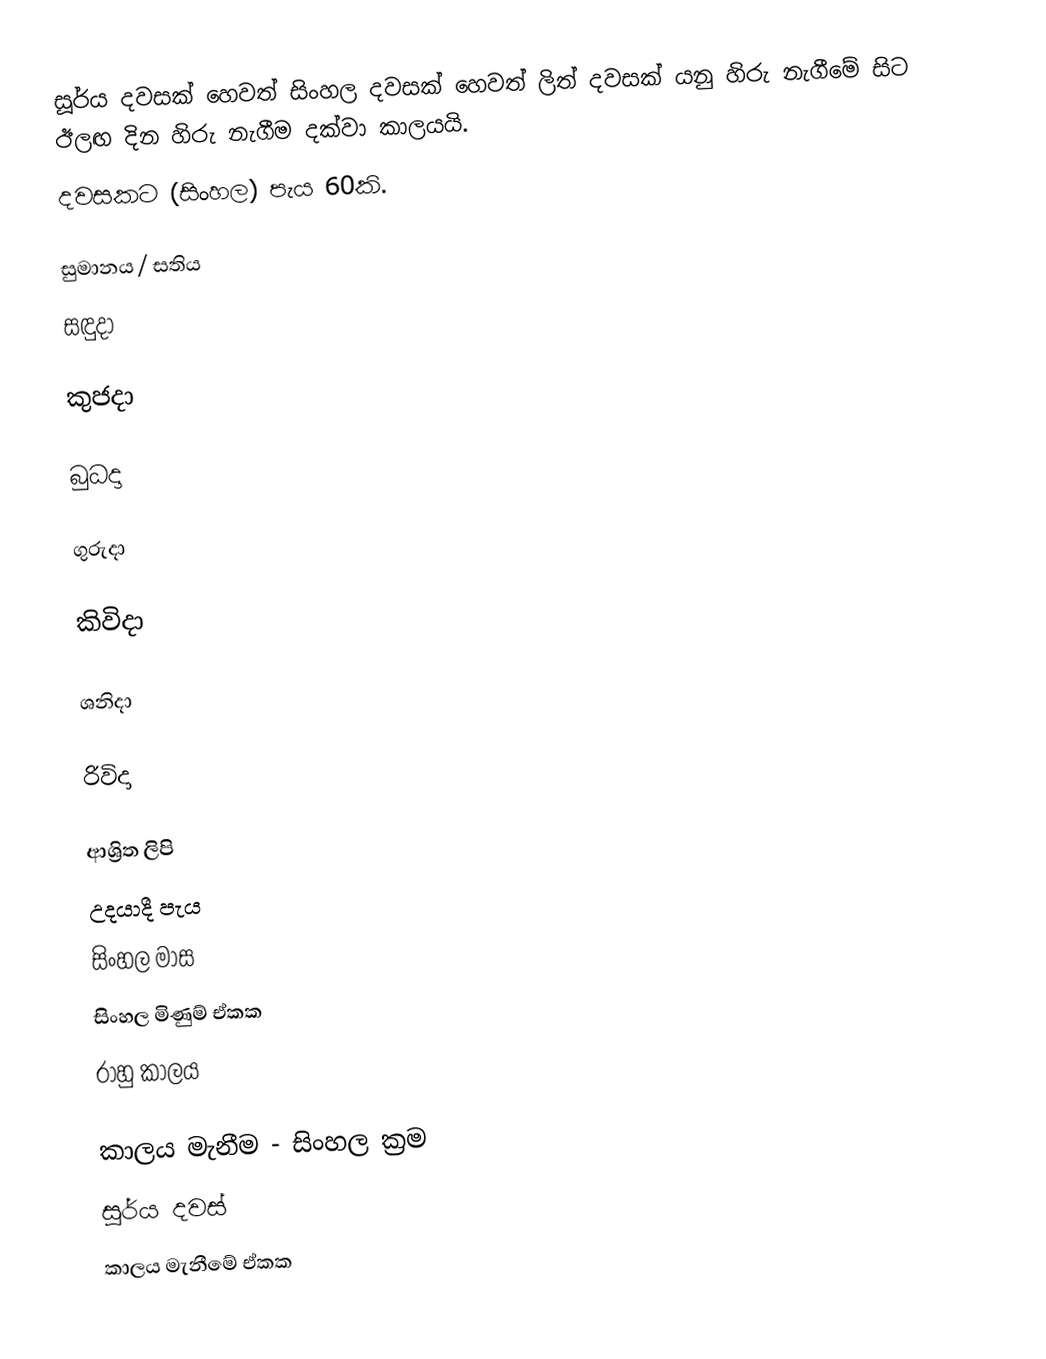
සූර්ය දවසක් හෙවත් සිංහල දවසක් හෙවත් ලිත් දවසක් යනු හිරු නැගීමේ සිට ඊලඟ දින හිරු නැගීම දක්වා කාලයයි.
දවසකට (සිංහල) පැය 60කි.

සුමානය / සතිය
සඳුදා

කුජදා

බුධදා

ගුරුදා

කිවිදා

ශනිදා

රිවිදා

ආශ්‍රිත ලිපි
 උදයාදී පැය
 සිංහල මාස
 සිංහල මිණුම් ඒකක
 රාහු කාලය

කාලය මැනීම - සිංහල ක්‍රම
සූර්ය දවස්
කාලය මැනීමේ ඒකක